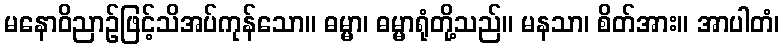
မနောဝိညာဉ်ဖြင့်သိအပ်ကုန်သော။ ဓမ္မာ၊ ဓမ္မာရုံတို့သည်။ မနသာ၊ စိတ်အား။ အာပါတံ၊